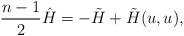
\begin{align*}\frac{n-1}{2}{\hat H}=-{\tilde H}+{\tilde H}(u,u),\end{align*}